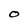
Character: O